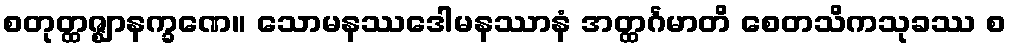
စတုတ္ထဇ္ဈာနက္ခဏေ။ သောမနဿဒေါမနဿာနံ အတ္ထင်္ဂမာတိ စေတသိကသုခဿ စ